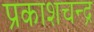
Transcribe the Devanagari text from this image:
प्रकाशचन्द्र